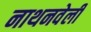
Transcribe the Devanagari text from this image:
नाथनवेली